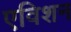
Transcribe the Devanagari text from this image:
एविशन